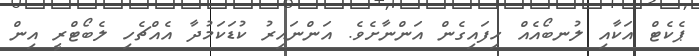
ޕެކެޓް އަކާއި ލުނބޯއެއް ހިފައިގެން އަންނާށެވެ. އަންނައިރު ކުޑަކަމުދާ އެއްޗެހި ލެބޯޓްރީ އިން